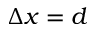
\Delta x = d